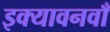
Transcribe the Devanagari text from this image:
इक्यावनवाँ